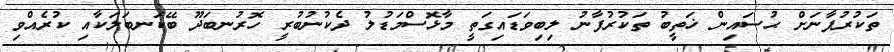
ތަކުރުފާނަށް ޙުސައިން ޚަތީބު ތަކުރުފާނު ލިބިވަޑައިގަތީ މާޅޮސްމަޑުލު ދެކުނުބުރީ ހޮރުނބަދޫ ބޭކަނބަލަކާއި ކުރެއްވި